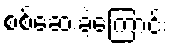
စစ်ဆေးခဲ့ကြောင်း